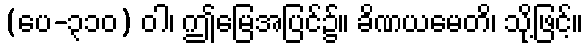
(ပေ-၃၁၀) ဝါ၊ ဤမြေအပြင်၌။ ခိဏယမေတိ၊ သို့ဖြင့်။